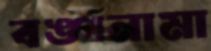
বঙ্গনামা